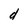
Character: d